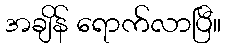
အချိန် ရောက်လာပြီ။